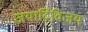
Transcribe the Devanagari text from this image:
जयाद्रिविजय